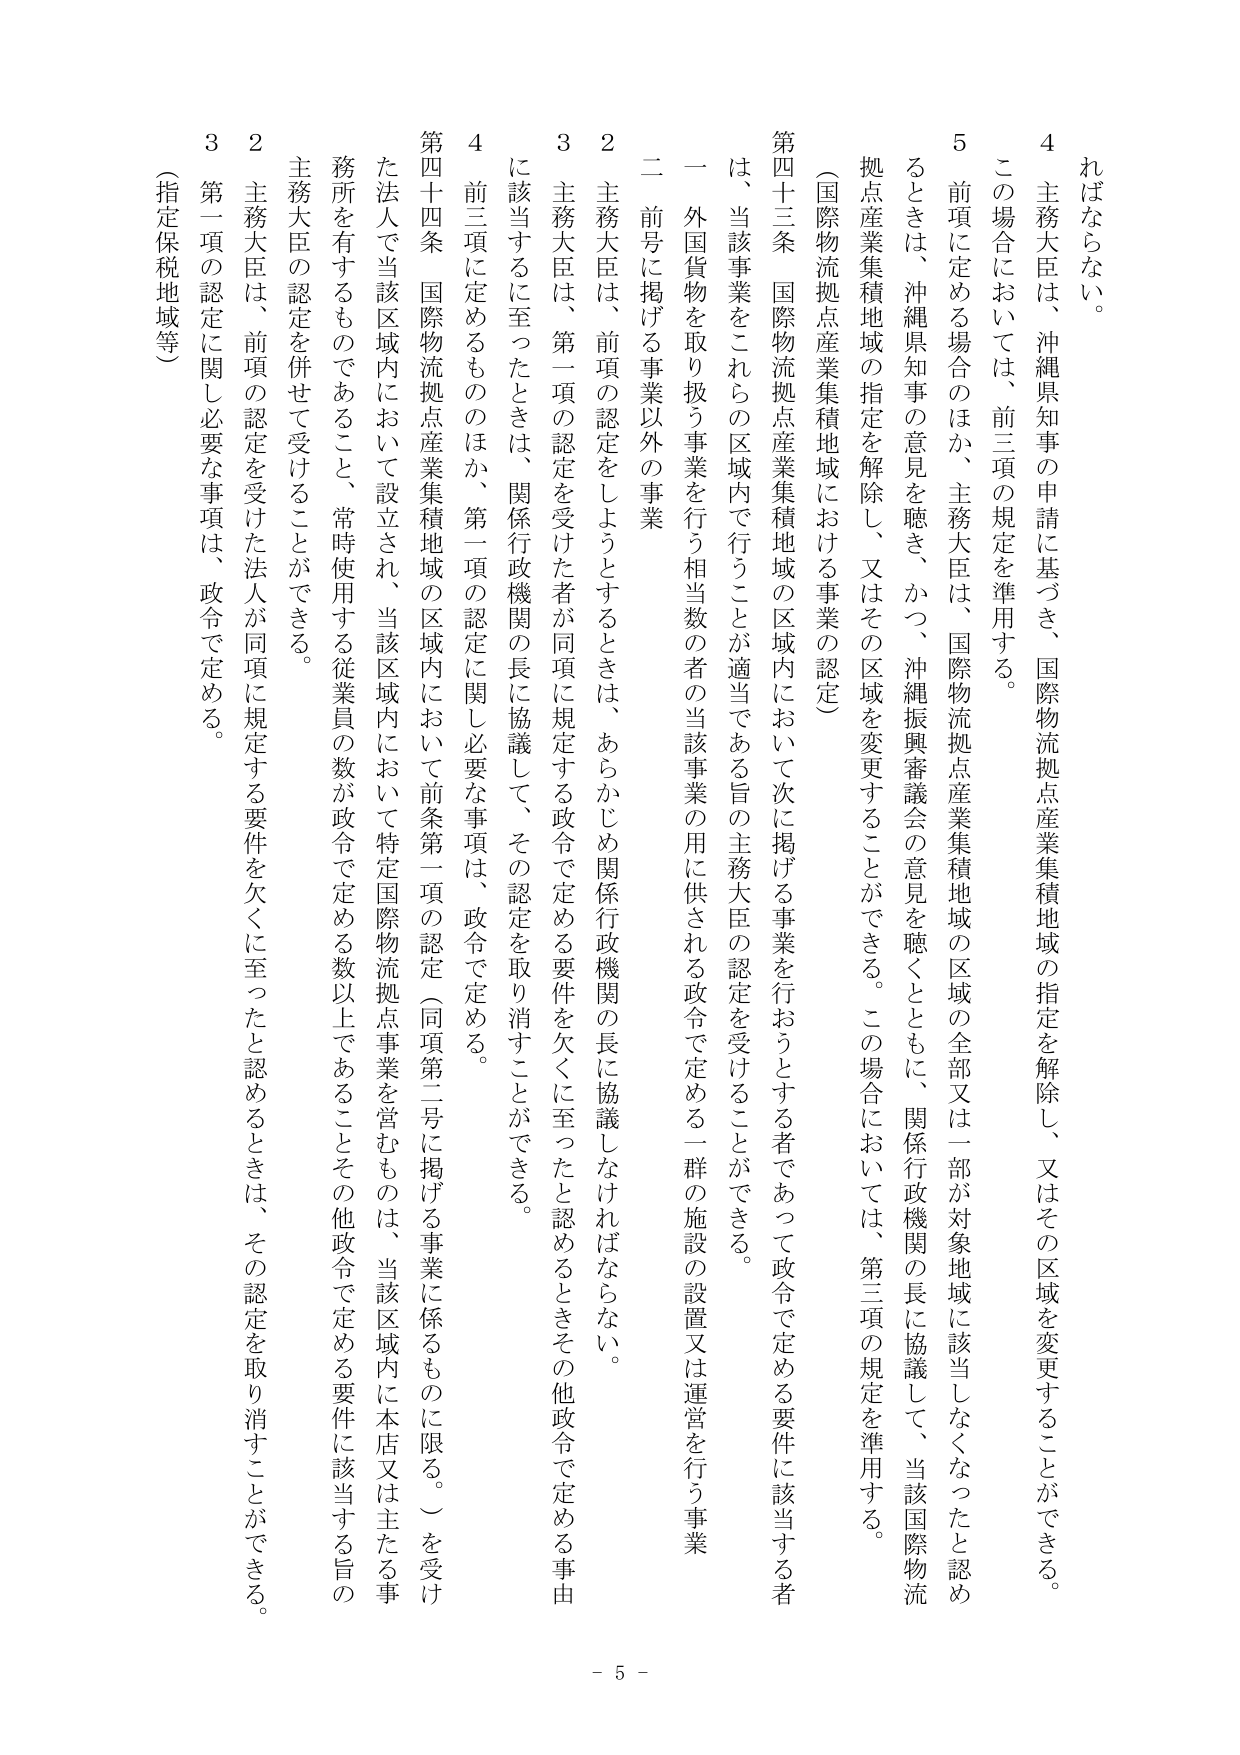
ればならない。

4 主務大臣は、沖縄県知事の申請に基づき、国際物流拠点産業集積地域の指定を解除し、又はその区域を変更することができる。

この場合においては、前三項の規定を準用する。

5 前項に定める場合のほか、主務大臣は、国際物流拠点産業集積地域の区域の全部又は一部が対象地域に該当しなくなったと認め るときは、沖縄県知事の意見を聴き、かつ、沖縄振興審議会の意見を聴くとともに、関係行政機関の長に協議して、当該国際物流 拠点産業集積地域の指定を解除し、又はその区域を変更することができる。この場合においては、第三項の規定を準用する。

（国際物流拠点産業集積地域における事業の認定）

第四十三条 国際物流拠点産業集積地域の区域内において次に掲げる事業を行おうとする者であって政令で定める要件に該当する者 は、当該事業をこれらの区域内で行うことが適当である旨の主務大臣の認定を受けることができる。

一 外国貨物を取り扱う事業を行う相当数の者の当該事業の用に供される政令で定める一群の施設の設置又は運営を行う事業

二 前号に掲げる事業以外の事業

2 主務大臣は、前項の認定をしようとするときは、あらかじめ関係行政機関の長に協議しなければならない。

3 主務大臣は、第一項の認定を受けた者が同項に規定する政令で定める要件を欠くに至ったと認めるときは、その他政令で定める事由 に該当するに至ったときは、関係行政機関の長に協議して、その認定を取り消すことができる。

4 前三項に定めるもののほか、第一項の認定に関し必要な事項は、政令で定める。

第四十四条 国際物流拠点産業集積地域の区域内において前条第一項の認定（同項第二号に掲げる事業に係るものに限る。）を受け た法人で当該区域内において設立され、当該区域内において特定国際物流拠点事業を営むものは、当該区域内に本店又は主たる事 務所を有するものであること、常時使用する従業員の数が政令で定める数以上であることその他政令で定める要件に該当する旨の 主務大臣の認定を併せて受けることができる。

2 主務大臣は、前項の認定を受けた法人が同項に規定する要件を欠くに至ったと認めるときは、その認定を取り消すことができる。

3 第一項の認定に関し必要な事項は、政令で定める。

（指定保税地域等）

- 5 -